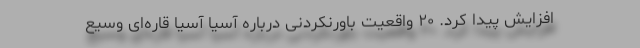
افزایش پیدا کرد. ۲۰ واقعیت باورنکردنی درباره آسیا آسیا قاره‌ای وسیع